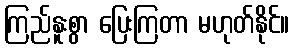
ကြည်နူးစွာ ပြေးကြတာ မဟုတ်နိုင်။